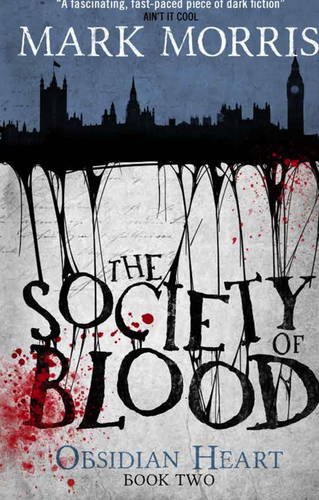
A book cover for The Society of Blood: Obsidian Heart book 2; Mark Morris; Science Fiction & Fantasy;